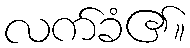
လက်ခံ၏။